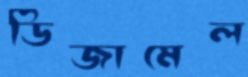
ডিজামেল